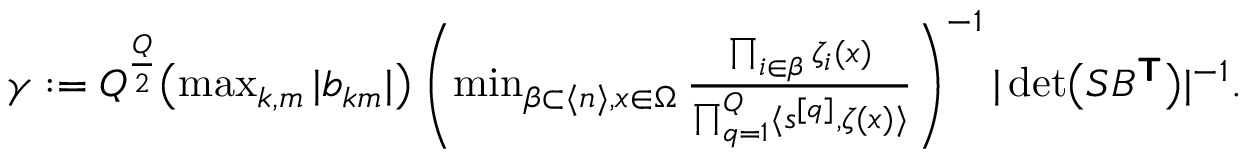
\begin{array} { r } { \gamma : = Q ^ { \frac { Q } { 2 } } \bigl ( \operatorname* { m a x } _ { k , m } | b _ { k m } | \bigr ) \left( \operatorname* { m i n } _ { \beta \subset \langle n \rangle , \boldsymbol { x } \in \Omega } \frac { \prod _ { i \in \beta } \zeta _ { i } ( \boldsymbol { x } ) } { \prod _ { q = 1 } ^ { Q } \langle \boldsymbol { s } ^ { [ q ] } , \boldsymbol { \zeta } ( \boldsymbol { x } ) \rangle } \right) ^ { - 1 } | \operatorname* { d e t } \bigl ( S B ^ { \boldsymbol { \mathsf { T } } } \bigr ) | ^ { - 1 } . } \end{array}